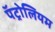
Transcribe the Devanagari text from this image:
पॅट्रोलियम